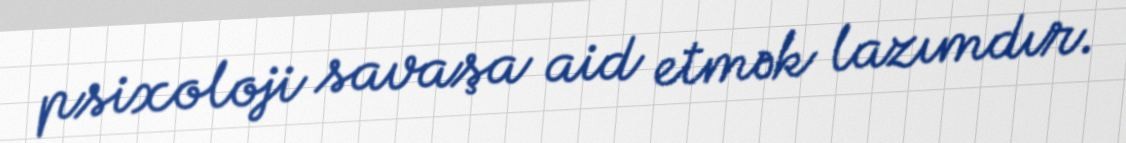
psixoloji savaşa aid etmək lazımdır.